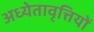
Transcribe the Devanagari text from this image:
अध्येतावृत्तियों